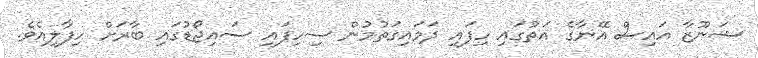
ޝަނޫޒާ އައިސް އޭނާގެ އަތުގައި ހިފައި ދަމައިގަތުމުން ސިހިފައި ސައިޖޯޑުގައި ބާރަށް ހިފާލިއެވެ.